Document type: Sale
Year: 1440
Scribe: Pere Pau Pujades
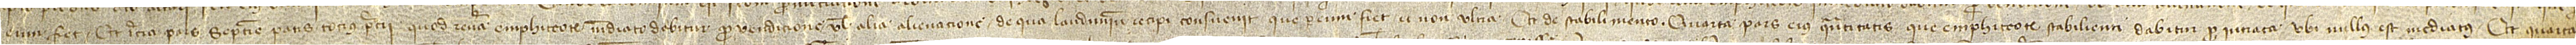
eum fiet; et tercia pars septime pars tocius precii quod revera emphiteorum mediato dabitur pro vendicione vel alia alienacione de qua laudimium recipi consuevit que per eum fiet, et non ultra; et de stabilimento quarta pars eius quantitatis que emphiteote stabilienti dabitur pro intrata ubi nullus est mediatus; et quarta